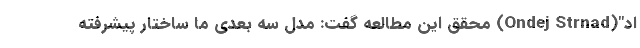
اد"(Ondej Strnad) محقق این مطالعه گفت: مدل سه بعدی ما ساختار پیشرفته